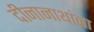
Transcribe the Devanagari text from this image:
दीनानाथांना